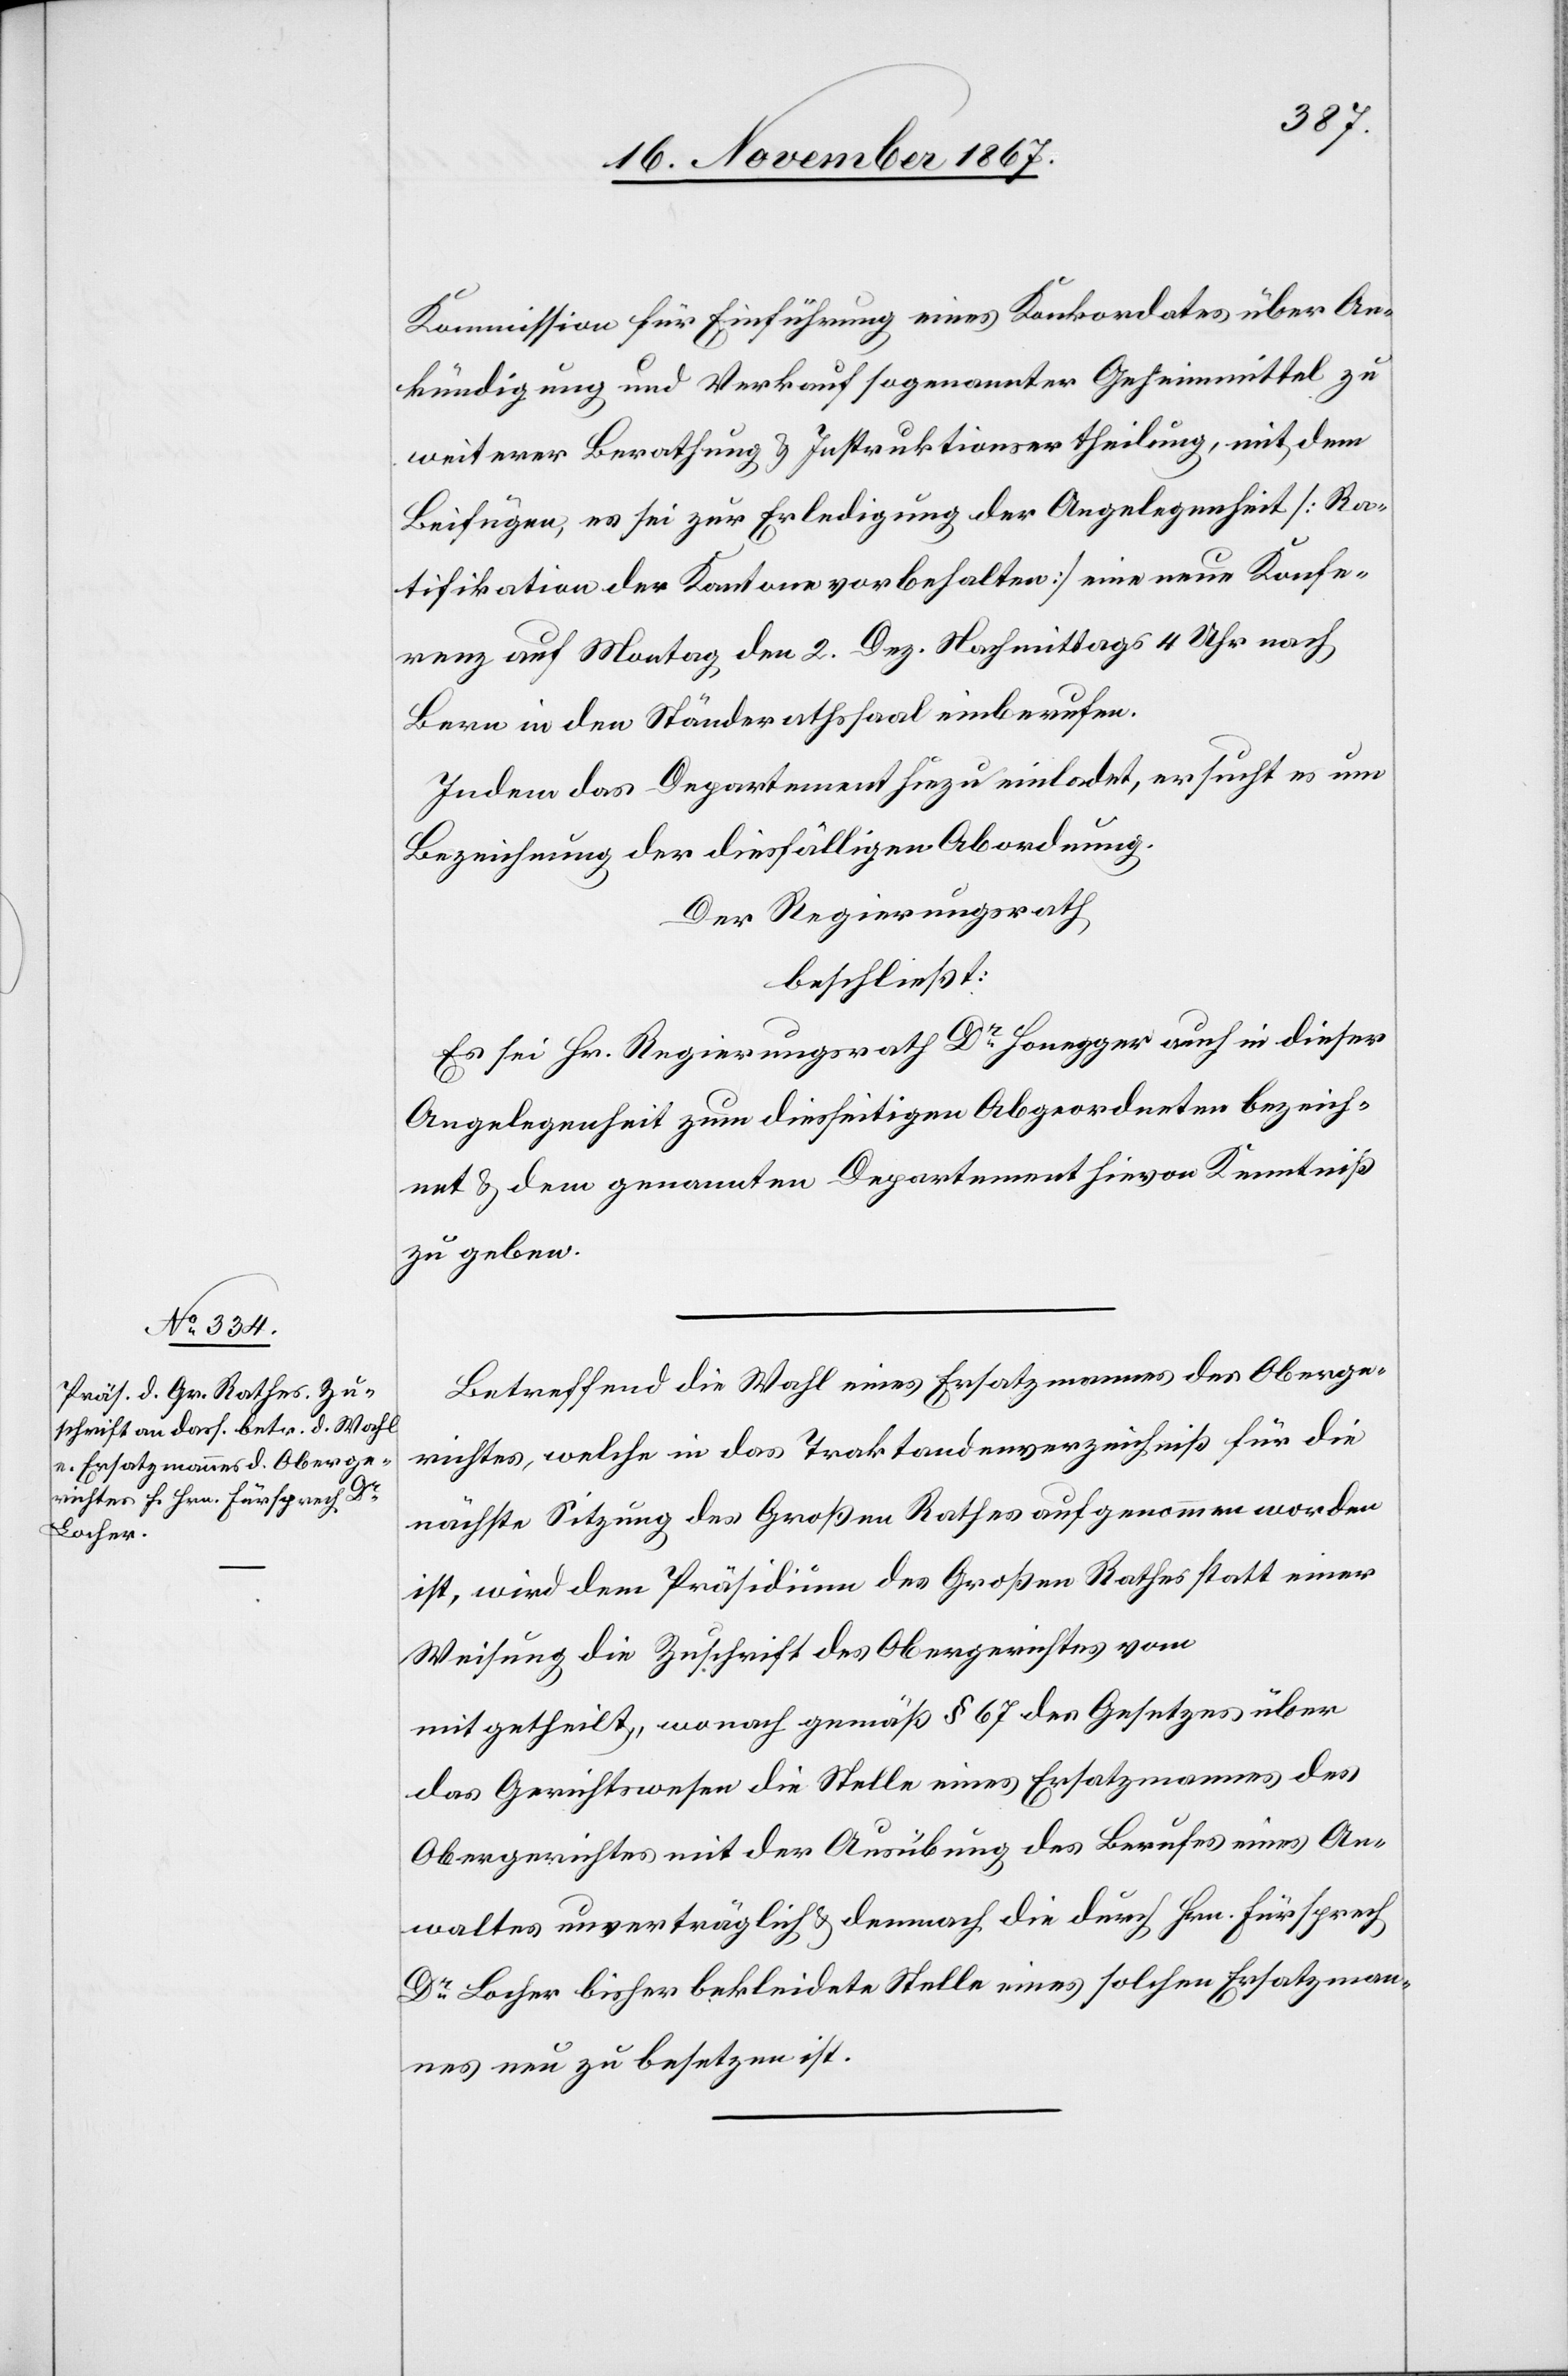
Kommission für Einführung eines Konkordates über An¬
kündigung und Verkauf sogenannter Geheimmittel zu
weiterer Berathung u. Instruktionsertheilung, mit dem
Beifügen, es sei zur Erledigung der Angelegenheit [Ra¬
tifikation der Kantone vorbehalten] eine neue Konfe¬
renz auf Montag den 2. Dez. Nachmittags 4 Uhr nach
Bern in den Ständerathssaal einberufen.
Indem das Departement hiezu einladet, ersucht es um
Bezeichnung der diesfälligen Abordnung.
Der Regierungsrath
beschließt:
Es sei Hr. Regierungsrath Dr. Honegger auch in dieser
Angelegenheit zum diesseitigen Abgeordneten bezeich¬
net u. dem genannten Departement hievon Kenntniß
zu geben.
Betreffend die Wahl eines Ersatzmannes des Oberge¬
richtes, welche in das Traktandenverzeichniß für die
nächste Sitzung des Großen Rathes aufgenommen worden
ist, wird dem Präsidium des Großen Rathes statt einer
Weisung die Zuschrift des Obergerichtes vom
mitgetheilt, wonach gemäß § 67 des Gesetzes über
das Gerichtswesen die Stelle eines Ersatzmannes des
Obergerichtes mit der Ausübung des Berufes eines An¬
waltes unverträglich u. demnach die durch Hrn. Fürsprech
Dr Locher bisher bekleidete Stelle eines solchen Ersatzman¬
nes neu zu besetzen ist.